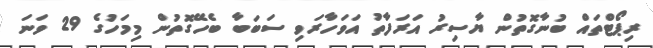
ރިޕޯޓްތައް ބުނާގޮތުން ޔާސިރު އަރަފާތު އަވަހާރަވި ސަބަބާ ބެހޭގޮތުން މިމަހުގެ 29 ވަނަ